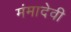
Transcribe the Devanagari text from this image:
मंमादेवी